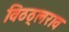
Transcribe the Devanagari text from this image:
विठठ्लराव